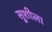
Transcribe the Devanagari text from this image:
सुशील।